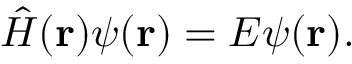
\hat { H } ( \mathbf { r } ) \psi ( \mathbf { r } ) = E \psi ( \mathbf { r } ) .